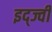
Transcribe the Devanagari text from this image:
इद्ज्वी